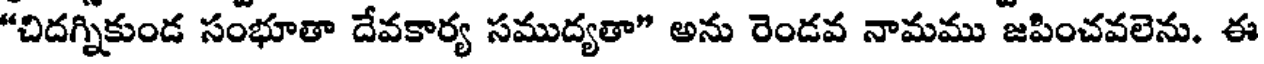
"చిదగ్నికుండ సంభూతా దేవకార్య సముద్యతా" అను రెండవ నామము జపించవలెను. ఈ